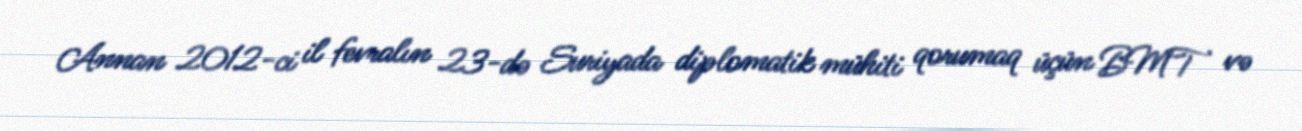
Annan 2012-ci il fevralın 23-də Suriyada diplomatik mühiti qorumaq üçün BMT və